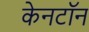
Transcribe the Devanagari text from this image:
केनटॉन